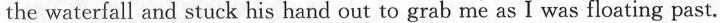
the waterfall and \underline{stuck his hand out} to grab me as I was floating past.